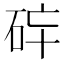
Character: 𱳶